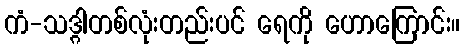
ကံ-သဒ္ဂါတစ်လုံးတည်းပင် ရေကို ဟောကြောင်း။